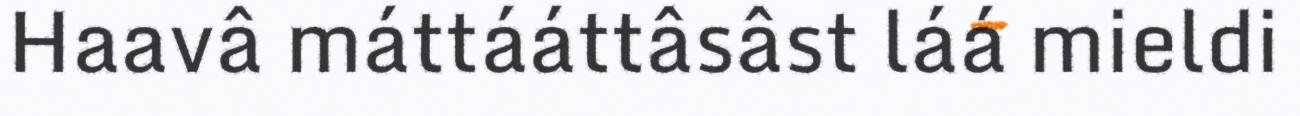
Haavâ máttááttâsâst láá mieldi